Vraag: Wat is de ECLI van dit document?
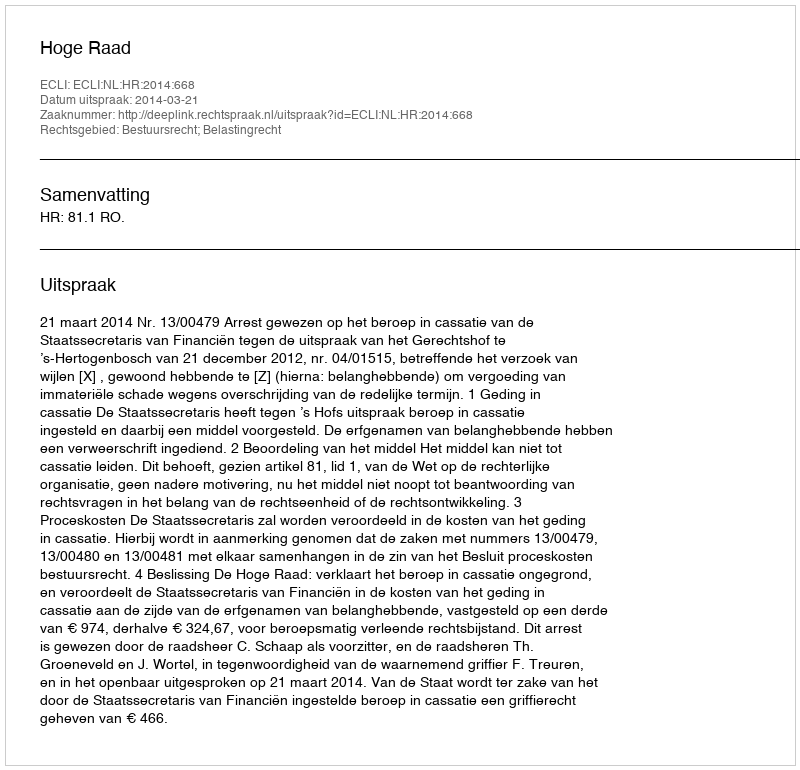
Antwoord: ECLI:NL:HR:2014:668